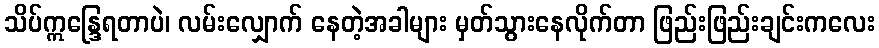
သိပ်ဣန္ဒြေရတာပဲ၊ လမ်းလျှောက် နေတဲ့အခါများ မှတ်သွားနေလိုက်တာ ဖြည်းဖြည်းချင်းကလေး